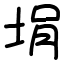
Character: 埍